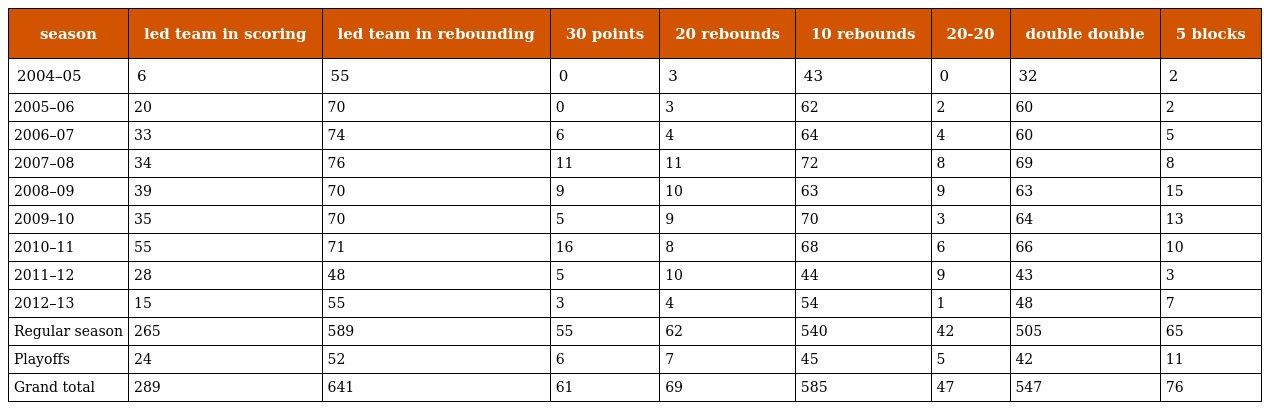
| season | led team in scoring | led team in rebounding | 30 points | 20 rebounds | 10 rebounds | 20-20 | double double | 5 blocks |
 | --- | --- | --- | --- | --- | --- | --- | --- | --- |
 | 2004–05 | 6 | 55 | 0 | 3 | 43 | 0 | 32 | 2 |
 | 2005–06 | 20 | 70 | 0 | 3 | 62 | 2 | 60 | 2 |
 | 2006–07 | 33 | 74 | 6 | 4 | 64 | 4 | 60 | 5 |
 | 2007–08 | 34 | 76 | 11 | 11 | 72 | 8 | 69 | 8 |
 | 2008–09 | 39 | 70 | 9 | 10 | 63 | 9 | 63 | 15 |
 | 2009–10 | 35 | 70 | 5 | 9 | 70 | 3 | 64 | 13 |
 | 2010–11 | 55 | 71 | 16 | 8 | 68 | 6 | 66 | 10 |
 | 2011–12 | 28 | 48 | 5 | 10 | 44 | 9 | 43 | 3 |
 | 2012–13 | 15 | 55 | 3 | 4 | 54 | 1 | 48 | 7 |
 | Regular season | 265 | 589 | 55 | 62 | 540 | 42 | 505 | 65 |
 | Playoffs | 24 | 52 | 6 | 7 | 45 | 5 | 42 | 11 |
 | Grand total | 289 | 641 | 61 | 69 | 585 | 47 | 547 | 76 |